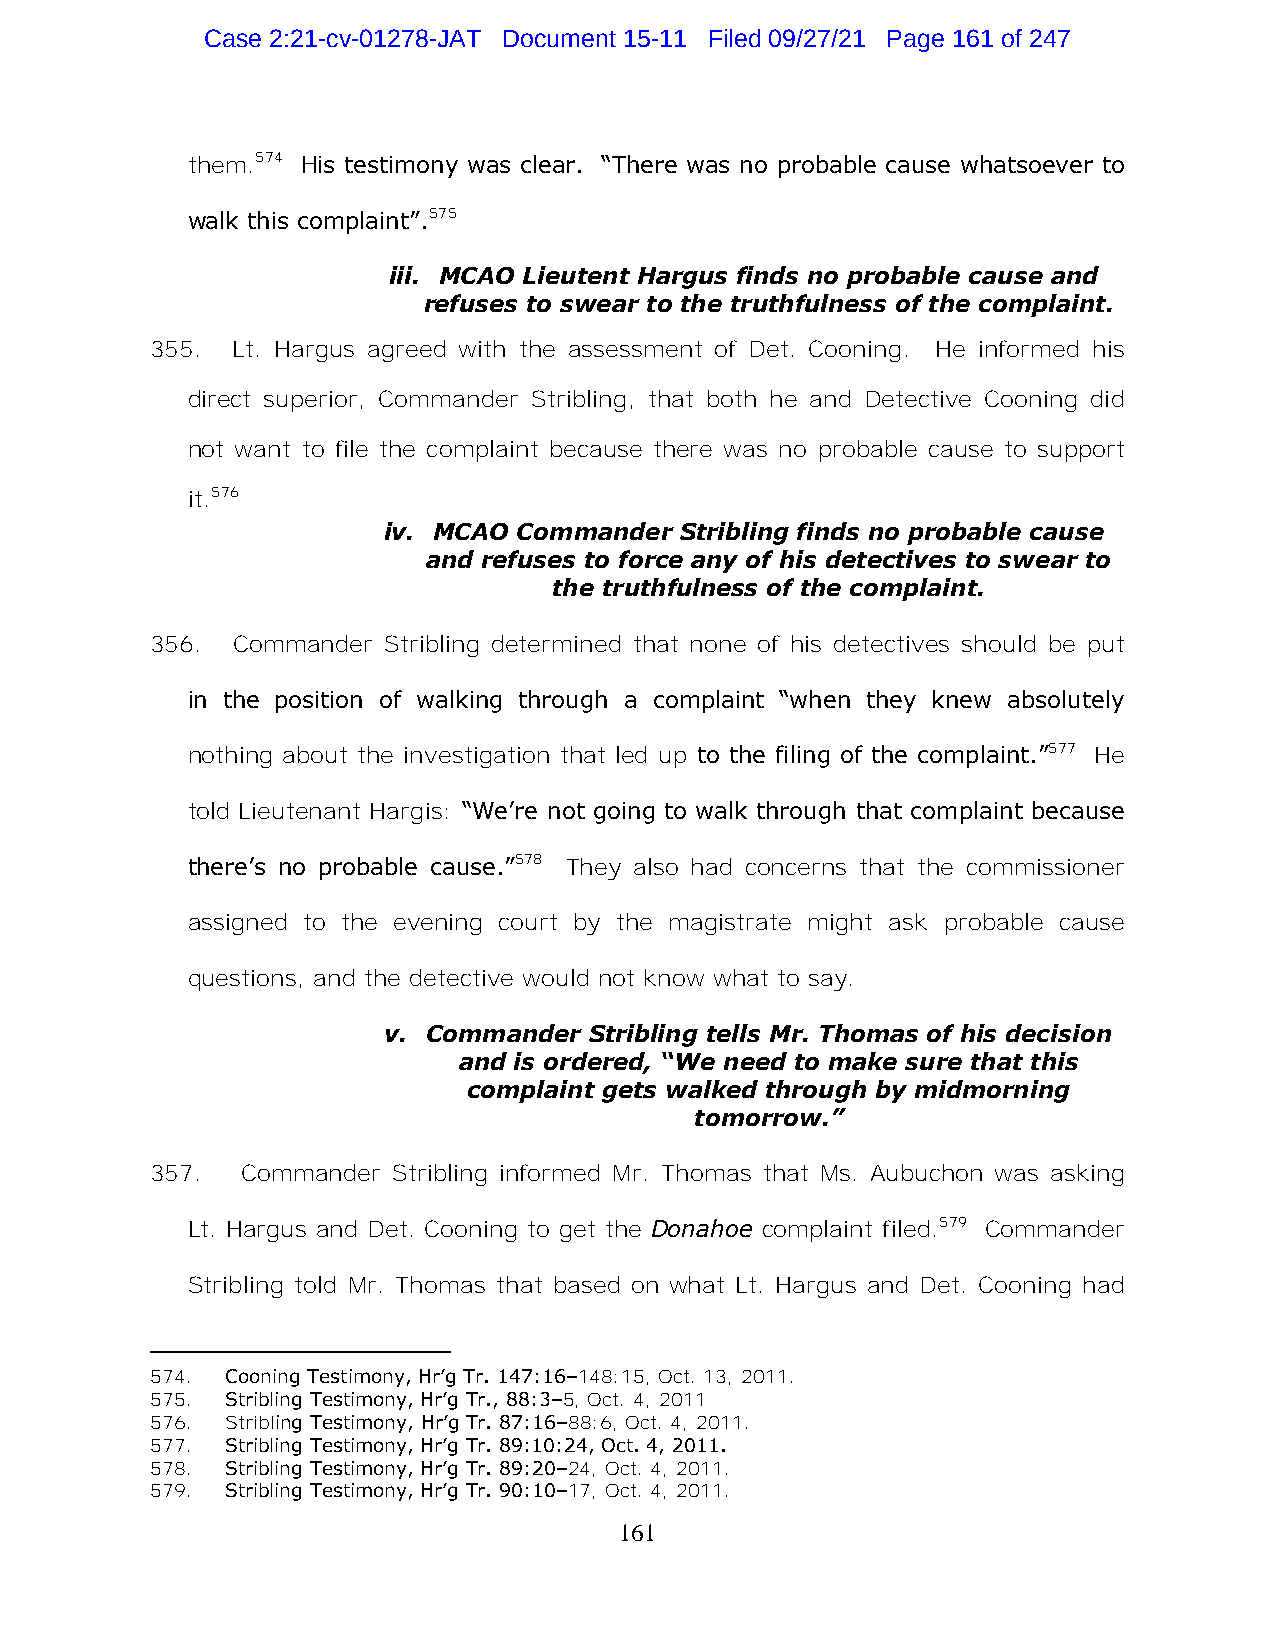
Case 2:21-cv-01278-JAT Document 15-11 Filed 09/27/21 Page 161 of 247
 them.574 His testimony was clear. “There was no probable cause whatsoever to
 walk this complaint”.575
 iii. MCAO Lieutent Hargus finds no probable cause and
 refuses to swear to the truthfulness of the complaint.
 355. Lt. Hargus agreed with the assessment of Det. Cooning. He informed his
 direct superior, Commander Stribling, that both he and Detective Cooning did
 not want to file the complaint because there was no probable cause to support
 it.576
 iv. MCAO Commander  Stribling finds no probable cause
 and refuses to force any of his detectives to swear to
 the truthfulness of the complaint.
 356. Commander Stribling determined that none of his detectives should be put
 in the position of walking through a complaint “when they knew absolutely
 nothing about the investigation that led up to the filing of the complaint.”577 He
 told Lieutenant Hargis: “We’re not going to walk through that complaint because
 there’s no probable cause.”578 They also had concerns that the commissioner
 assigned to the evening court by the magistrate might ask probable cause
 questions, and the detective would not know what to say.
 v. Commander  Stribling tells Mr. Thomas of his decision
 and is ordered, “We need to make sure that this
 complaint gets walked through by midmorning
 tomorrow.”
 357.  Commander Stribling informed Mr. Thomas that Ms. Aubuchon was asking
 Lt. Hargus and Det. Cooning to get the Donahoe complaint filed.579 Commander
 Stribling told Mr. Thomas that based on what Lt. Hargus and Det. Cooning had
 574. Cooning Testimony, Hr’g Tr. 147:16–148:15, Oct. 13, 2011.
 575. Stribling Testimony, Hr’g Tr., 88:3–5, Oct. 4, 2011
 576. Stribling Testimony, Hr’g Tr. 87:16–88:6, Oct. 4, 2011.
 577. Stribling Testimony, Hr’g Tr. 89:10:24, Oct. 4, 2011.
 578. Stribling Testimony, Hr’g Tr. 89:20–24, Oct. 4, 2011.
 579. Stribling Testimony, Hr’g Tr. 90:10–17, Oct. 4, 2011.
 161